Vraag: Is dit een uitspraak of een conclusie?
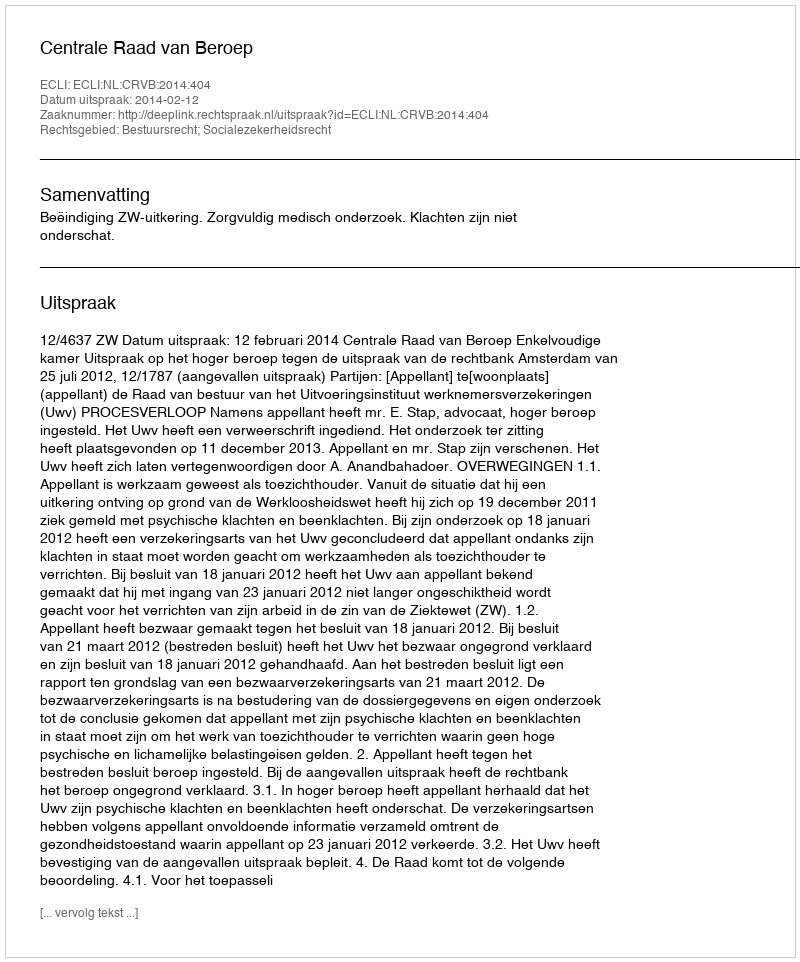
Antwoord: Uitspraak